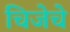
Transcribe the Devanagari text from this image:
चिजेचे